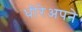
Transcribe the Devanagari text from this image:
धीरेअपने